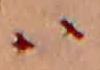
ハ